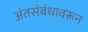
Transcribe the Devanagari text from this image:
अंतसंबंधावरून